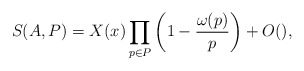
\begin{align*} S(A, P) = X(x)\prod_{p \in P}\left(1 - \frac{\omega(p)}{p}\right) + O(), \end{align*}